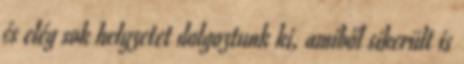
és elég sok helyzetet dolgoztunk ki, amiből sikerült is